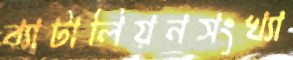
ব্যাটালিয়নসংখ্যা